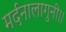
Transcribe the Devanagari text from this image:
मर्दनालागुनी।।